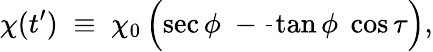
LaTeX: \chi(t^{\prime})\; \equiv\; \chi_{0}\left(\sec\phi\; -\frac{}{}\tan\phi\; \cos\tau\right),